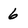
Character: 6